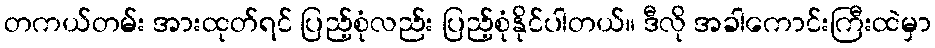
တကယ်တမ်း အားထုတ်ရင် ပြည့်စုံလည်း ပြည့်စုံနိုင်ပါတယ်။ ဒီလို အခါကောင်းကြီးထဲမှာ